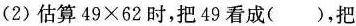
(2)估算$$4 9 \times 6 2$$时，把49看成( )，把